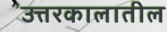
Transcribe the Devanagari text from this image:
उत्तरकालातील